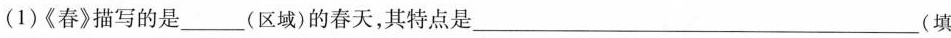
(1)《春》描写的是___(区域)的春天，其特点是___(填